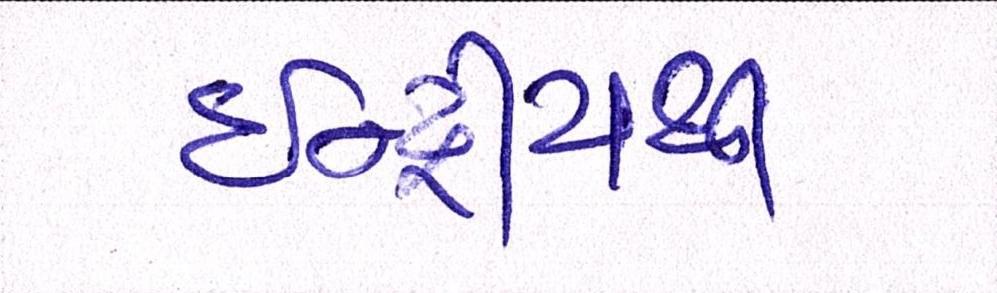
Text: ઇન્દ્રીયથી